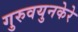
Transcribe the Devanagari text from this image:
गुरुवयुनकेरे